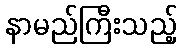
နာမည်ကြီးသည့်